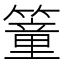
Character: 𥳘